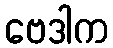
ဗေဒါက